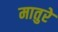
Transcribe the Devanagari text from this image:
मातुरे